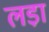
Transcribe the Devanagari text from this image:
लडा़